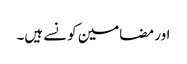
اور مضامین کونسے ہیں۔